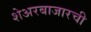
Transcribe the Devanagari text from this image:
शेअरबाजारची